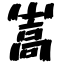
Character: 嵩